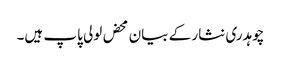
چوہدری نثار کے بیان محض لولی پاپ ہیں۔